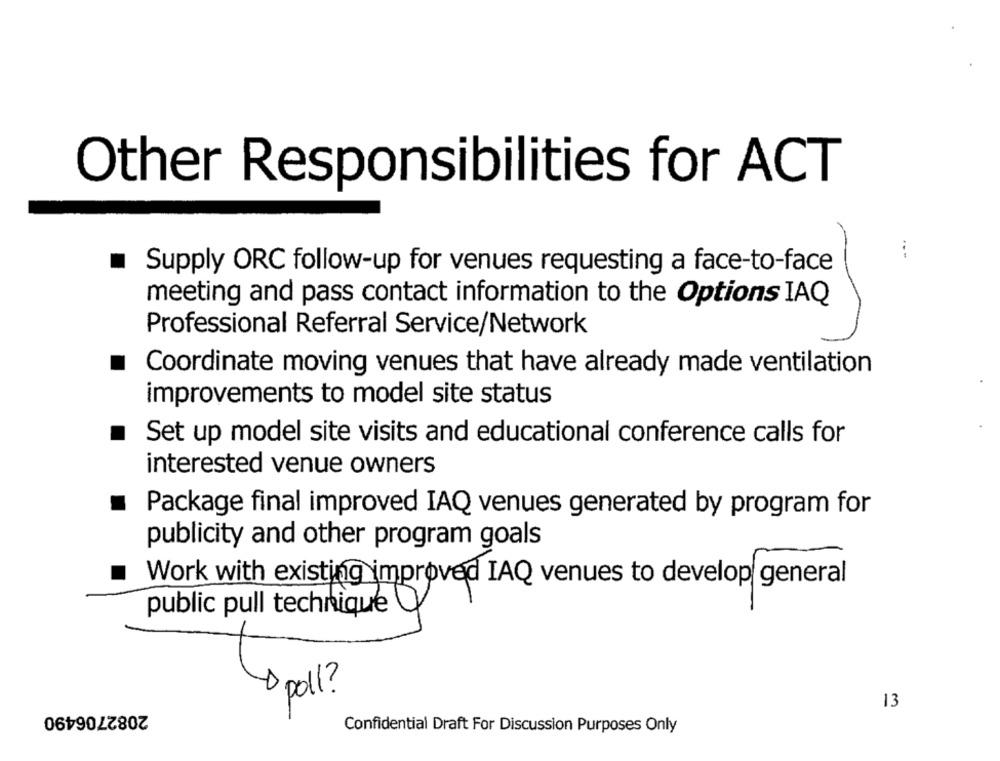
Other Responsibilities for ACT
Supply ORC follow-up for venues requesting a face-to-face
meeting and pass contact information to the Options IAQ
Professional Referral Service/Network
Coordinate moving venues that have already made ventilation
improvements to model site status
Set up model site visits and educational conference calls for
interested venue owners
Package final improved IAQ venues generated by program for
publicity and other program goals
Work with existing improved IAQ venues to develop general
public pull technique
poll ?
2082706490
13
Confidential Draft For Discussion Purposes Only